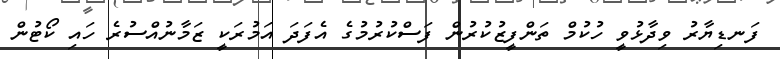
ފަނޑިޔާރު ވިދާޅުވީ ހުކުމް ތަންފީޒުކުރުން ފަސްކުރުމުގެ އެފަދަ އަމުރަކީ ޒަމާނުއްސުރެ ހައި ކޯޓުން